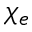
\chi _ { e }